Vital statistics of India. Vol. IV, Annual returns from 1871 to 1876. British Army of India, Native Army and jails of Bengal
Year: 1871
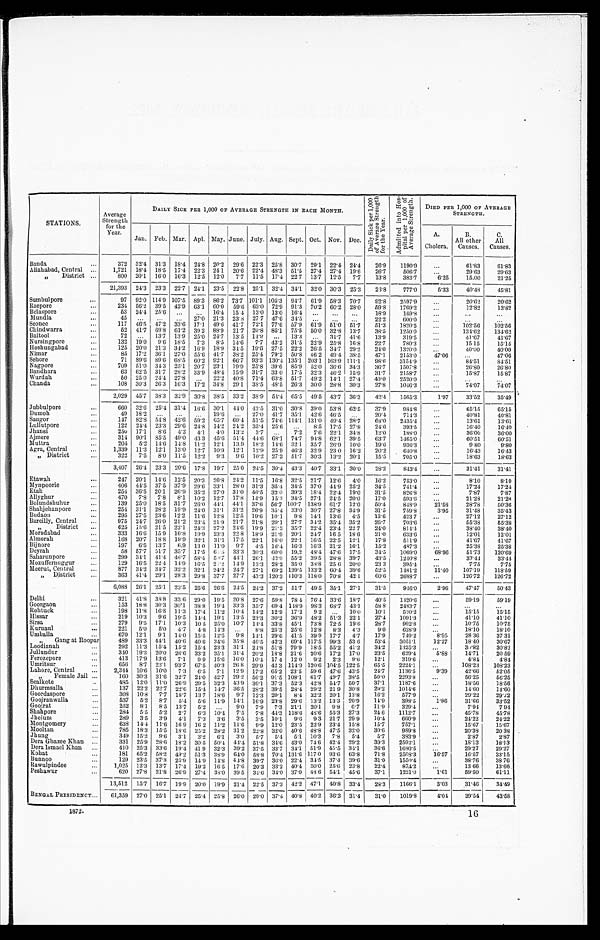
STATIONS.
Average
Strength
for the
Year.
DAILY SICK PER 1,000 OF AVERAGE STRENGTH IN EACH MONTH.
D a i l y S i c k p e r 1 , 0 0 0 o f A v e r a g e S t r e n g t h f o r t h e Y e a r .
A d m i t t e d i n t o H o s - p i t a l p e r 1 , 0 0 0 o f A v e r a g e S t r e n g t h . DIED PER 1,000 OF AVERAGE
STRENGTH.
Jan. Feb. Mar. Apl. May. June. July. Aug. Sept. Oct. Nov. Dec.
A.
Cholera.
B.
All other
Causes.
C..
All
Causes.
Banda . . .
372 32.4 31.3 18.4 24.8 20.2 29.6 22.3 25.8 30.7 29.1 22.4 24.4 26.9 1190.9
. . .
61.83 61.83
Allahabad, Central . . . 1,721 18.4 18.5 17.4 22.3 24. 1 20.6 22.4 48.3 51.5 27.4 27.4 19.6 26.7 506.7
. . . 29.63 29.63
" District . . .
800 20.1 16.0 16.3 12.5 12.0 7.7 11.5 17.4 22.7 13.7 12.5 7.7 13.8 383.7
6.25 15.00 21.25
21,393 24.3 23.3 22.7 24.1 23.5 22.8 25.1 32.4 34.1 32.0 30.3 25.3 28.8 777.0 5.33 40.48 45.81
Sumbulpore . . .
97 92.0 114.9 107.5 89.3 86. 2 73.7 101.1 105.3 94.7 61.9 58.3 70.7 92.8 2597.9
. . . 20.62 20.62
Raepore . . .
234 56.2 39.5 42.9 63.1 60. 0 59.6 63.0 72.9 91.3 70.2 60.2 28.0 59.8 1769.2
12.82 12.82
Bel aspore . . .
53 24.4 25.6 . . .
. . . 16.4 15.4 13.0 13.0 16.4 . . . . . .
. . . 18.9 169.8
. . .
. . .
. . .
Mundla . . .
45 . . .
. . .
. . . 27.0 21.3 23.8 27.7 47.6 34.5 . . . . . .
. . . 22.2 600.0
. . .
. . .
. . .
Seonee . . .
117 46.5 47.2 33.6 17.1 49. 6 41.7 72.1 77.6 57.9 61.9 51.0 51.7 51.3 1820.5 . . .
102.56 102.56
Chindwara . . .
52 41.7 69.8 61.2 39.2 88. 9 21.7 20.8 85.1 75.5 50.0 32.8 13.7 38.5 1250.0 . . .
134.62 134.62
Baitool . . .
72 . . . 13.7 13.9 25.0 24. 7 13.5 14.9 . . . 13.3 . . . 31.7 41.6 13.9 319.5
. . . 41.67
41.67
Nursingpore . . .
132 19.0 9.6 18.5 7.3 8.5 14.6 7.7 43.2 31.5 22.9 25.8 16.8 22.7 780.3
. . . 15.15 15.15
Hoshungabad . . .
125 20.0 21.3 3
34.2 16.9 18.9 34.5 19.6 27.5 22.2 26.5 34.7 29.2 24.0 1320.0
. . . 40.00 40.00
Nimar . . .
85 17.2 36.1 27.0 55.6 41.7 38.2 25.4 79.2 50.8 46.2 49.4 38.5 47.1 2153.0 47.06
. . .
47.06
Sehore . . .
71 89.6 89.6 68.5 60.2 92. 1 66.7 93. 3 130.4 135.1 203.1 163.9 111.1 98.6 3154.9
. . . 84.51 84.51
Nagpore . . .
709 51.0 34.3 25.1 20.7 23.1 19.9 25.8 39.6 85.9 52.0 36.6 34.3 36.7 1507.8 . . .
26.80 26.80
Bandhara . . .
63 62.5 31.7 28.2 33.9 48.4 15.9 31.7 33.0 17.5 32.3 46.2 15.9 31.7 2158.7
. . . 15.87 15.87
Wurdah . . .
50 25.0 24.4 27.8 . . . 22.2 40.8 71.4 63.8 51.7 49.2 14. 1 27.4 40.0 2520.0
. . .
. . .
. . .
Chanda . . .
108 30.3 26.3 16.3 17.2 34. 8 29.1 38.5 48.5 26.3 30.0 28.8 30.3 27.8 1046.3
. . . 74.07
7 4 . 0 7
2,029 45.7 38.3 32.9 30.8 38.5 33.2 38.9 54.4 65.5 49.5 43. 7 36.3 42.4
1 5 6 5 . 3
1.97 33.52 35.49
Jubbulpore . . .
660 32.6 25.4 31.4 16.6 30. 1 44.0 43.5 31.0 30.8 39.0 53.8 62.5 37.9 984.8
. . .
6 5 . 1 5
6 5 . 1 5
Dumoh . . .
49 18.2 . . .
. . .
. . . 19.6 . . . 27.0 41.7 35. 1 42.6 46.5
. . . 20.4 714.3
. . . 40.81 40.81
Saugor . . .
147 82.8 54.8 42.6 59.2 65.7 69.4 51.5 74.6 114.1 131.0 49.4 28.7 68.0 2435.4 . . .
13.61 13.61
Lullutpore . . .
122 24.4 23.3 29.6 24.8 14.2 24.2 35.4 25.6 . . . 8.5 17.5 27.8 24.6 393.5
. . . 16.40 16.40
Jhansi . . .
250 17.1 8.6 4.2 4.1
4 . 0 13.2 3.7 . . . 7.2 7.6 22.1 34.8 12.0 188.0
. . . 36.00 36.00
Ajmere . . .
314 90.1 85.5 49.0 43.3 45.6 51.4 44.6 68.1 74.7 94.8 62. 1 39.5 63.7 1465.0
. . . 60.51 60.51
Muttra . . .
204 5.2 14.6 14.8 11.2 12.1 13.9 18.2 14.6 32. 1 35.7 26.9 10.0 19.6 936.3
. . . 9.80
9.80
Agra, Central . . .
1,339 11.3 12.1 13.0 12.7 10.9 12.1 12.9 25.9 46.3 32.9 23.0 16.2 20.2 640.8
. . . 16.43
16.43
" District . . .
322 7.5 8.0 11.5 12.2 9.3
9 . 6 10.2 27.3 51.7 30.3 13.2 20.1 15.5 705.0
. . . 18.63 18.63
3,407 26.4 23.3
_
20.6 17.8 19.7 25.0 24.5 30.4 43.3 40.7 33.1 30.0 28.2 843.4 . . .
31.41 31.41
Etawah . . .
247 20.1 14.6 12.5 20.3 20.8 24.2 11.5 16.8 32.5 21.7 12.6 4.0 16.2 753.0
. . . 8.10 8.10
Mynpoori e . . .
406 44.5 37.5 37.9 29.6 33.1 28.0 31.3 35.4 34.5 37.0 44.9 25.2 34.5 741.4 . . .
17.24 17.24
Etah . . .
254 36.5 20.1 26.9 35.2 27.0 31.0 46.5 32.0 39.3 18.4 22.4 19.0 31.5 826.8
. . . 7.87
7.87
Allyghur . . .
470 7.8 7.8 8.1 10.2 12.7 17.8 14.9 15.3 34.5 27.1 24.5 20.0 17.0 593.6 . . .
21.28 21.28
Bolundshuhur . . .
139 25.0 18.5 31.7 26.0 4 4 . 1 44.1 37. 6 56.7 100.7 138.9 61.7 12.0 50.4 848.9 21.58 28.78 50.36
Shahjehanpore . . .
254 31.1 28.2 19.9 24.0 31.1 31.2 26. 9 35.4 33.0 30.7 27.8 34.9 31.5 759.8
3.95
31.48 35.43
Budaon . . .
295 27.5 23.6 12.2 11.6 12.8 12.5 19.6 10.1 9.8 14.1 13. 6 4.5 13.6 423 7
. . . 27.12
27.12
Bareilly, Central . . .
975 24.7 26.0 21.2 23.4 21.9 21.7 21. 8 20.1 27.7 34.2 35.4 35.2 26.7 703.6
. . . 55.38 55.38
" District . . .
625 15.6 21.5 22.1 24.3 27.2 24.6 19.9 21.3 35.7 22.4 23.4 22.7 24.0 814.4
. . . 38.40 38.40
Moradabad . . .
333 16.6 15.9 16.8 19.9 23.3 22.8 18.9 21.9 20. 1 24.7 16.5 18.6 21.0 633.6
. . . 12.01 12.01
Almorah . . .
168 20.7 18.8 19.9 32.1 31.1 17.5 22.1 16.0 22. 1 16.5 22.5 12.1 17.8 511.9
. . . 41.67 41.67
Bijnore . . .
197 6.5 13.7 6.9 13 0 11.0 9.7 4.5 16.4 16.3 16.3 21.2 16.1 15.2 487.3
. . . 25.38 25.38
Deyrah . . .
58 57.7 51.7 35.7 17.5 64.5 33.3 30.3 60.0 19.2 48.4 47.6 17.5 34.5 1069.0 68.96 51.73 120.69
Saharunpore . . .
299 34.1 41.4 46.7 58.4
5 9 . 7 44.1 26. 1
4 2 . 9 55.2 39.5 28.8 39.7 43.5 1240.8
. . . 33.44 33.44
Mozuffernuggur . . .
129 16.5 22.4 14.9 16.5 24.2 14.9 13.3 28.2 35.0 38.8 25 6 20.0 23 3 395.4
. . . 7.75
7.75
Meerut, Central . . .
877 34.2 34.7 32.2 32.1 24.2 24.7 27.1 69.2 139.5 133.2 60.4 39.6 52.5 1481.2 11.40 107.19 118.59
" District . . .
368 41.4 29.1 28.3 29.8 37.7 27.7 43.3 120.3 110.3 118.0 70.8 42.1 60.6 2688.7
. . . 126.72 126.72
6,088 26.1 25.1 23.5 25.6 26.6 24.5 24.2 37.2 51.7 49.5 35. 1 27.1 31.5 946.0
2.96 47.47 50.43
Delhi . . .
321 41.8 33.8 33.6 29.0 19.5 20.8 27.6 59.8 78.4 76.4 33.6 18.7 40.5 1420.6
. . . 59.19
5 9 . 1 9
Goorgaon . . .
153 18.8 30.3 30.1 38.8 19.4 33.3 35.7 69.4 148.9 98.3 68.7 43.1 58 8 2483.7 . . .
. . .
. . .
Rohtuck . . .
198 11.8 16.8 11.3 17.4 11.2 10.4 14.2 12.9 17.2 9.2 . . . 10.0 10.1 520.2
. . . 15.15 15.15
Hissar . . .
219 10.3 9.6 19.5 14.4 19.1 13.5 23.3 30.2 36.9 48.2 51.3 22.1 27.4 1091.3
. . . 41.10 41.10
Sirsa . . .
279 9.5 17.1 10.3 10 5 25.0 10.7 14.4 33.8 45.1 73.8 72.5 19.6 28.7 992.8 . . .
10.75 10.75
Kurnaul . . .
221 5.0 5.0 4.7 4.8 14.3
. . . 8.8 25.3 25.6 12.8 8. 3 4.3 9.0 628.9
. . . 18.10 18.10
Umballa . . .
670 12.1 9.1 14.0 15.5 12.5 9 . 8 14.1 29.6 41.5 39.9 17.7 4.7 17.9 749.2
8.95 28.36 37.31
" Gang at Roopar
489 33.3 44.1 40.6 40.6 34.6 35.8 46.5 42.3 69.4 117.5 99. 3 53 6 53.4 3051.1
12.27 18.40 30.67
Loodianah . . .
292 11.3 15.4 15.2 15.4 23.3 31.1 24.8 51.8 79.9 18.5 55.2 41.2 34.2 1325.3
. . . 30.82 30.82
Jullundur . . .
340 1 9 . 3 20.0 26.6 33.2 35.1 31.4 20.2 18.8 21.6 20.6 17. 2 17.0 23.5 629.4
5.88
14.71 20.59
Ferozepore . . .
413 17.9 13.6 7.1 9.9 15.6 16.0 10.4 17 4 12.0 9.2 2. 3 9.6 12.1 319.6
. . . 4.84
4.84
Umritsur . . .
656 8.7 22.1 93.7 67.5 40.3 26 8 29.9 42 3 114.9 120.0 104.5 122.5 65.5 2224.1
. . . 108.23 108.23
Lahore, Central . . .
2,344 10.6 10.0 7.3
6 . 5 7.1 12.9 17.2 65.2 23.5 59 6 47.6 43.5 24.7 1136.5
9.39 42.66 52.05
" Female Jail . . .
160 30.3 31.6
3 2 . 7 24.0 42.7 29.2 56.2 91.5 108.1 61.7 49.7 38.5 50.0 2293.8
. . . 56.25 56.25
Sealkote . . .
485 12.0 11.0 26.9 29.5 32.3
4 3 . 9 36. 1 37.3 52.3 42.8 54. 7 50.7 37.1 1187.6
. . . 18.56 18.56
Dhurmsalla . . .
137 22.2 22.7 22.6 15.4 14.7 36.5 28.2 39.5 28.4 29.2 21 9 30.8 29.2 1014.6
. . . 14.60 14.60
Goordaspore . . .
308 10.8 7.7 18.7 13.7 18.6 9.7 12.3 20.1 8.4 32.2 20.1 13.8 16.2 577.9
. . . 29.22 29.22
Goojranwalla . . .
537 5.2 8.7 5.4 5.6 11.9 14.1 16.9 23.8 29.6 13.2 13. 3 20.9 14.9
3 9 8 . 5
1.86
31.66 33.52
Goojrat . . .
252 8.1 8.5 13 7 5.2 . . . 9.0 7.9 7.3 21.1 20.1 9. 8 6.7 11.9 329.4
. . . 7.94
7.94
Shahpore . . .
284 5.5 5.2 2.7 6.3 10.4 7.5 7.8 44.3 118.6 48.6 55.3 27.3 24.6 1112.7
. . . 45.78 45.78
Jhelum . . .
289 3.5 3.9 4.1 7.3 3.6 3.5
3 . 5 10. 1 9.6 9 3 21 7 29.9 10.4 660.9 . . .
24.22 24.22
Montgomery . . .
638 14.4 11.6 16 9
1 6 2 11.2 11.6
9 . 9 12.0 23.5 22.9 23.4 15.8 15.7 757.1
. . . 15.67 15.67
Mooltan . . .
785 18.3 15.5 18.6 25.2 28.2 31.2 22.8 32.0 40.6 48.8 47.5 32.0 30.6 989.8 . . .
20.38 20.38
Jhung . . .
349 15.2 9.6 3.1 3.2 6.1 3.0 5.7 5.4 5.1 10.3 7.8 5.4 5.7 383.9
. . . 2.87
2.87
Dera Ghazee Khan . . .
331 25.9 28.6 18.2 30.5 50.4 44.4 51.8 34.6 43.0 74.6 42.4 29.2 39.3 2592.1 . . .
18.13 18.13
Dera Ismael Khan . . .
410 25.3 33.6 19.4 41 9 32.3 39.2 37.5 33.7 34. 1 51.9 45.5 34.1 36.6 1680.5
. . . 29.27 29.27
Kohat . . .
181 65.2 58.2 49.2 51.3 38.9 64.0 58.8 70.4 131.6 117 0 93.6 63.8 71.8 2508.3 16.57 16.57 33.15
Bunnoo . . .
129 23.5 37.3 25.9 14.9 14.8 44.8 39.7 36.0 22.4 34.5 37.4 39.6 31.0 1550.4
. . . 38.76 38 76
Rawulpindee . . . 1,025 12.3 13.7 17.4 19.2 16.5 17.6 20.3 33.2 40.4 30.0 25. 6 23.8 22.4 874.2
. . . 13 66 13.66
Peshawur . . .
620 27.8 21.8 26.9
2 7 . 4 38.0 39 5 34.6 34.0 37.0 48 6 54. 1 45.6 37.1 1221.0
1.61 59.50 61.11
13,512 15.7 16.7 19.9
2 0 . 0 19.9 21.4 22.5 37.3 42.2 47.1 40.8 33.4 28.3 1166.1
3.03 31.46 34.49
BENGAL PRESIDENCY . . . 61,359 27.0 25.1 24.7 25.4 25.8 26.0 29.0 37.4 40.8 40.2 36.3 31.4 31.0 1019.8
4.04 39.54
4 3 . 5 8
1872.
16